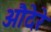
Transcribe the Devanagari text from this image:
औदेरे